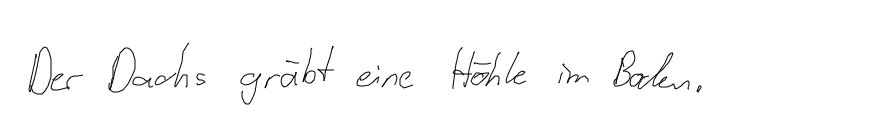
Der Dachs gräbt eine Höhle im Boden.